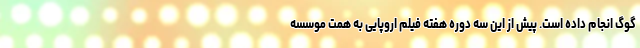
گوگ انجام داده است. پیش از این سه دوره هفته فیلم اروپایی به همت موسسه